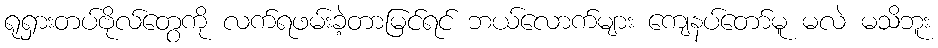
ရုရှားတပ်ဗိုလ်တွေကို လက်ရဖမ်းခဲ့တာမြင်ရင် ဘယ်လောက်များ ကျေနပ်တော်မူ မလဲ မသိဘူး